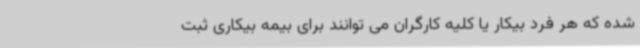
شده که هر فرد بیکار یا کلیه کارگران می توانند برای بیمه بیکاری ثبت